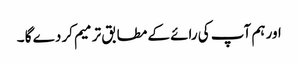
اور ہم آپ کی رائے کے مطابق ترمیم کر دے گا ۔